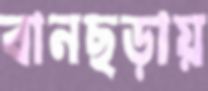
বানছড়ায়